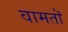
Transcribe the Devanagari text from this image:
वामतॊ